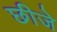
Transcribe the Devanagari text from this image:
छीजे